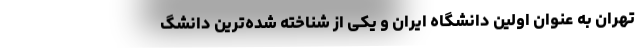
تهران به عنوان اولین دانشگاه ایران و یکی از شناخته شده‌ترین دانشگ